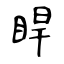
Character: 睅